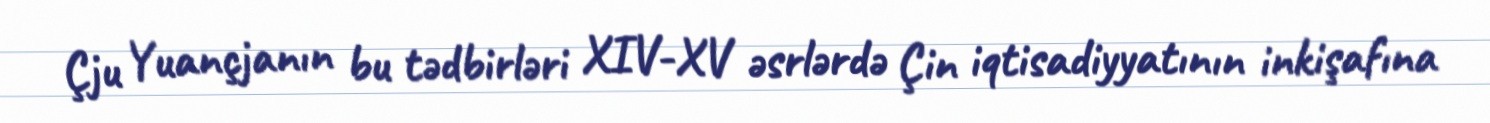
Çju Yuançjanın bu tədbirləri XIV-XV əsrlərdə Çin iqtisadiyyatının inkişafına